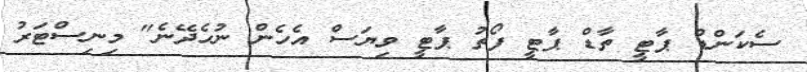
ސެކަންޑް ޕާޓީ ތާޑް ޕާޓީ ފޯތު ޕާޓީ ވިޔަސް އެހެން ނުހެދޭނެ" މިނިސްޓަރު